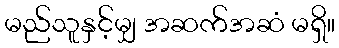
မည်သူနှင့်မျှ အဆက်အဆံ မရှိ။